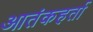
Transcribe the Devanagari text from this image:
आतंकहर्ता